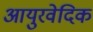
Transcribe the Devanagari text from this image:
आयुरवेदिक